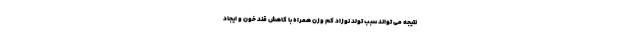
نتیجه می تواند سبب تولد نوزاد کم وزن همراه با کاهش قند خون و ایجاد